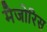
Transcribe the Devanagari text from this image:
मैजोरिस